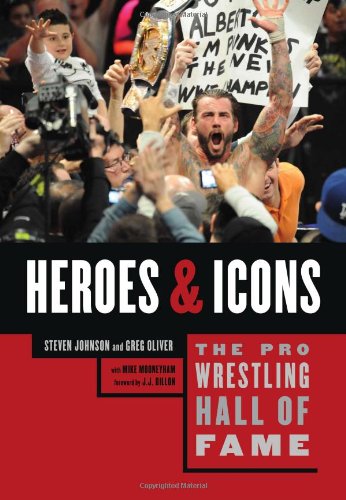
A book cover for The Pro Wrestling Hall of Fame: Heroes & Icons; Steven Johnson; Biographies & Memoirs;